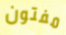
مفتون